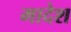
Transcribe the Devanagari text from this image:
मादेश